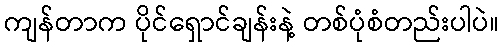
ကျန်တာက ပိုင်ရှောင်ချန်းနဲ့ တစ်ပုံစံတည်းပါပဲ။